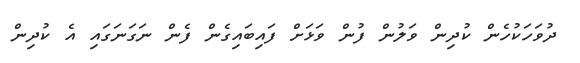
ދުވަހަކުހެން ކުދިން ވަލުން ފުން ވަޅަށް ފައިބައިގެން ފެން ނަގަނަގައި އެ ކުދިން